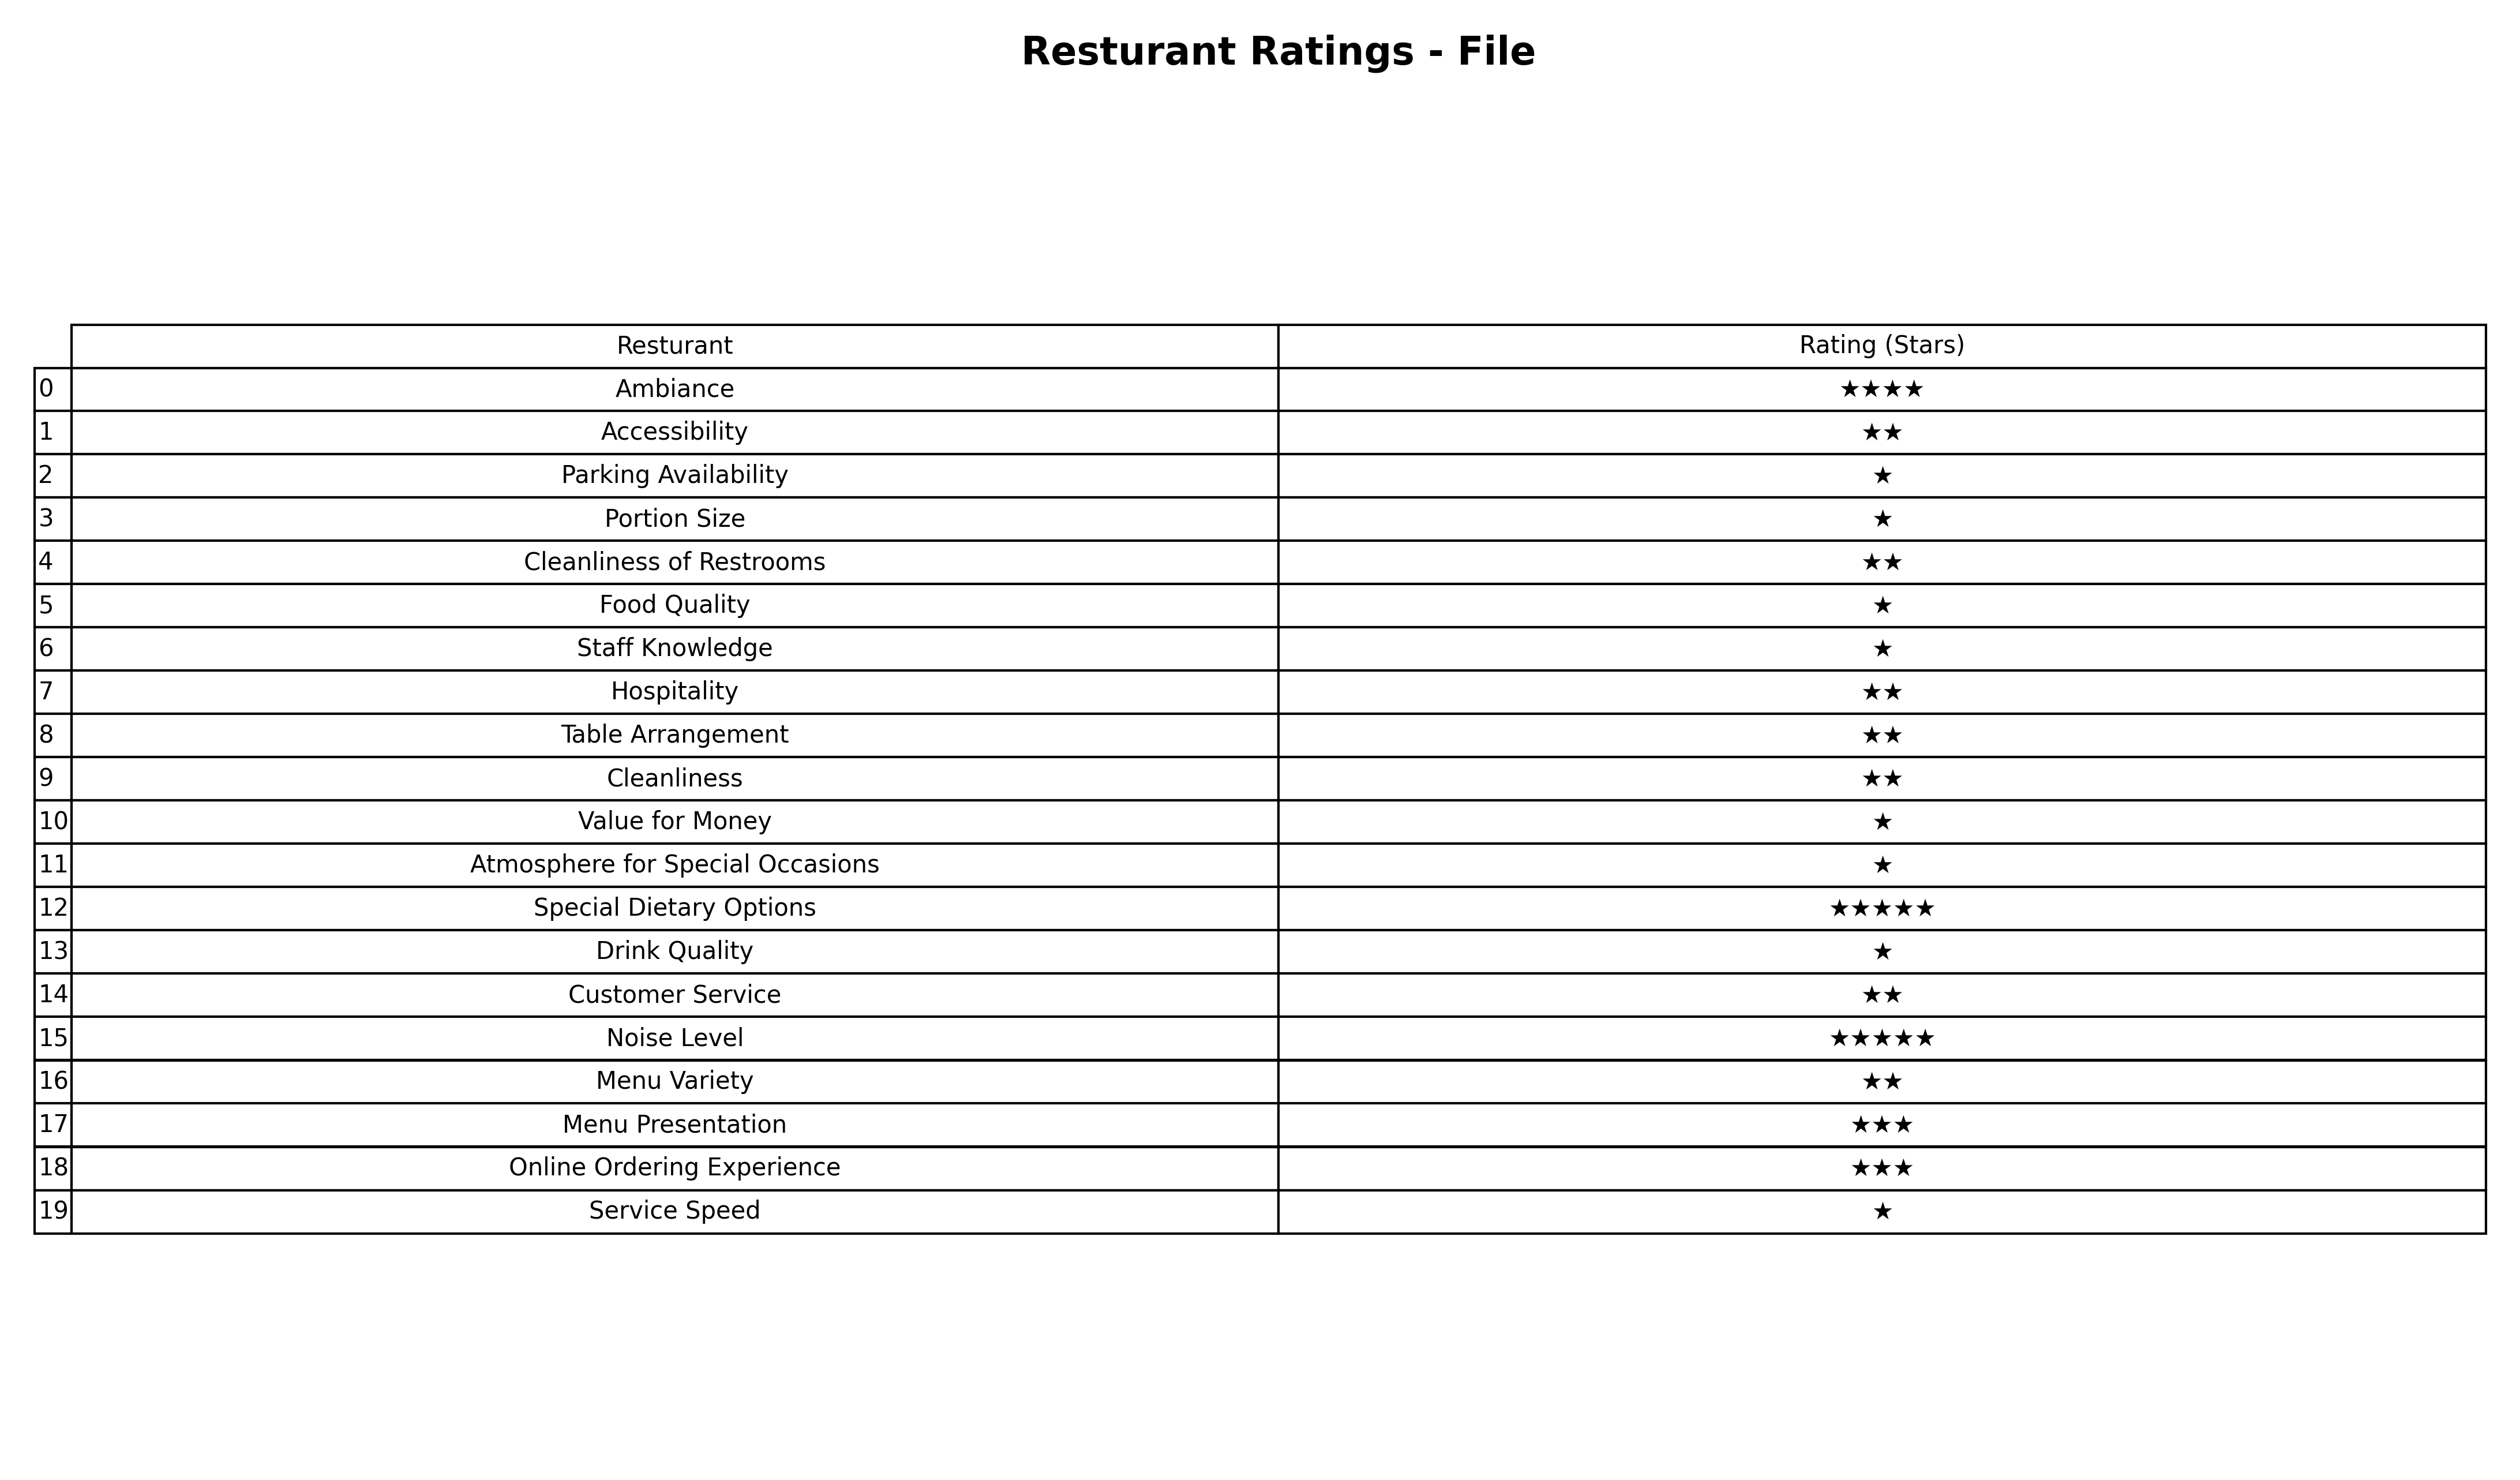
question: What are one star services?
answer: Parking AvailabilityPortion SizeFood QualityStaff KnowledgeValue for MoneyAtmosphere for Special OccasionsDrink QualityService Speed